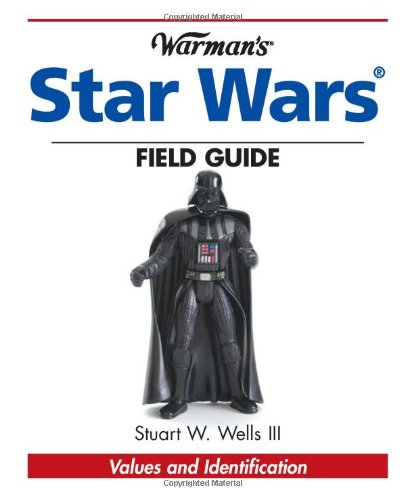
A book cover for Warman's Star Wars Field Guide: Values And Identification; Stuart Wells; Crafts, Hobbies & Home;